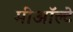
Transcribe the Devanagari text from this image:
मीऑल्टे